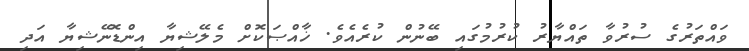
ވައްތަރުގެ ސުރުވާ ތައްޔާރު ކުރުމުގައި ބޭނުން ކުރެއެވެ. ޚާއްޞަކޮށް މެލޭޝިޔާ އިންޑޮނޭޝިޔާ އަދި